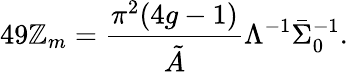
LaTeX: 49\mathbb{Z}_{m}=\frac{{\pi^{2}(4g-1)}}{{\tilde{{A}}}}\Lambda^{-1}\bar{{\Sigma}}_{0}^{-1}.